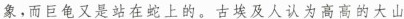
象,而巨龟又是站在蛇上的。古埃及人认为高高的大山